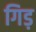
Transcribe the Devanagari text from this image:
गिड़